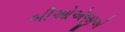
બીઓએજીએ